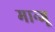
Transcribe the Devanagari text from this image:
मान्जू